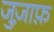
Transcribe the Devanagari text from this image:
जुज़ाफ़